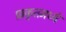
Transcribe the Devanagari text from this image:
प्राकृतमध्ये